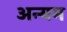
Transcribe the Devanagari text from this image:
अन्यम